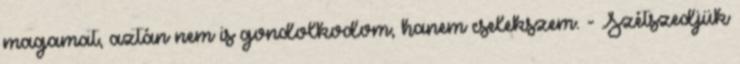
magamat, aztán nem is gondolkodom, hanem cselekszem. - Szétszedjük